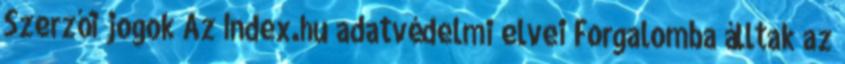
Szerzői jogok Az Index.hu adatvédelmi elvei Forgalomba álltak az